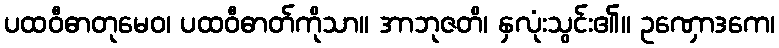
ပထဝီဓာတုမေဝ၊ ပထဝီဓာတ်ကိုသာ။ အာဘုဇတိ၊ နှလုံးသွင်း၏။ ဥဏှောဒကေ၊